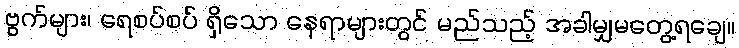
ဗွက်များ၊ ရေစပ်စပ် ရှိသော နေရာများတွင် မည်သည့် အခါမျှမတွေ့ရချေ။